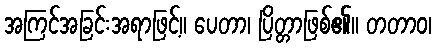
အကြင်အခြင်းအရာဖြင့်။ ပေတာ၊ ပြိတ္တာဖြစ်၏။ တတာဝ၊